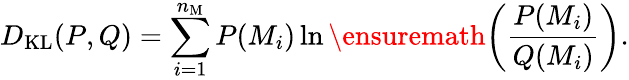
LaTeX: D_{\mathrm{KL}}(P,Q)=\sum_{i=1}^{n_{\mathrm{M}}}P(M_{i})\ln\ensuremath{\left(\frac{P(M_{i})}{Q(M_{i})}\right)}.